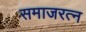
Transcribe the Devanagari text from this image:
समाजरत्न